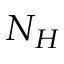
N _ { H }